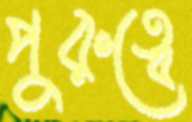
পুরুত্বে